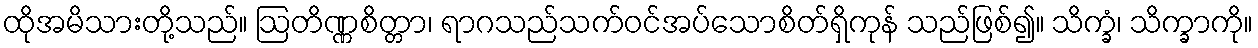
ထိုအမိသားတို့သည်။ ဩတိဏ္ဏစိတ္တာ၊ ရာဂသည်သက်ဝင်အပ်သောစိတ်ရှိကုန် သည်ဖြစ်၍။ သိက္ခံ၊ သိက္ခာကို။